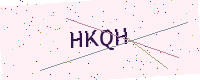
Text: HKQH